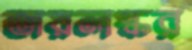
জয়লস্কর